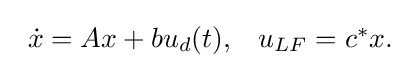
{\begin{array}{ll}{\dot {x}}=Ax+bu_{d}(t),&u_{LF}=c^{*}x.\end{array}}